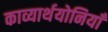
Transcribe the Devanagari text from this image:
काव्यार्थयोनियाँ